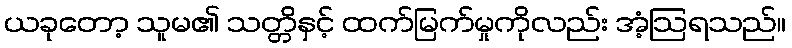
ယခုတော့ သူမ၏ သတ္တိနှင့် ထက်မြက်မှုကိုလည်း အံ့ဩရသည်။